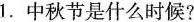
1.中秋节是什么时候?